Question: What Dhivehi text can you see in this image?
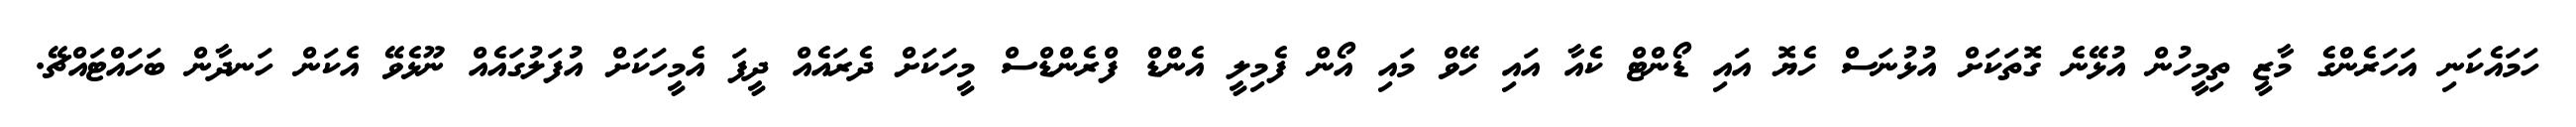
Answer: ހަމައެކަނި އަހަރެންގެ މާޒީ ތިމީހުން އުޅޭނެ ގޮތަކަށް އުޅުނަސް ހެޔޮ އައި ޑޯންޓް ކެއާ އައި ހޭވް މައި އޯން ފެމިލީ އެންޑް ފްރެންޑްސް މީހަކަށް ދެރައެއް ދީފަ އެމީހަކަށް އުފަލުގައެއް ނޫޅެވޭ އެކަން ހަނދާން ބަހައްޓައްޗޭ.